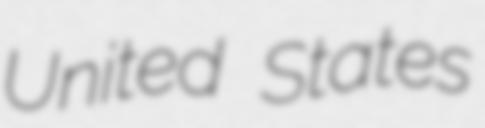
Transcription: United States